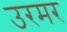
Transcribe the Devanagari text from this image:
उरमर